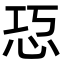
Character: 㤍